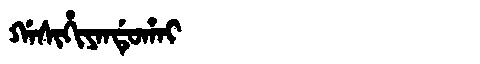
Manchu: ᡤᠠᠰᡳᡥᡳᠶᠠᠨᡩᡠᡥᠠᡳ
Romanization: GASIHIYANDUHAI